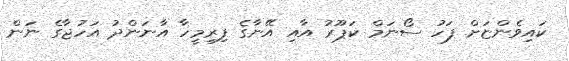
ކައިވެންޏަށް ފަހު ސޯނަމް ކަޕޫރު އާއި އޭނާގެ ފިރިމީހާ އާނަންދު އަހުޖާގެ ނަން